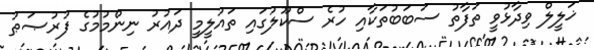
ޚަލީލް ވިދާޅުވީ ތަފާތު ސަބަބުތަކާއި ހުރެ ސްކޫލުގައި ތައުލީމީ ދައުރު ނިންމުމުގެ ފުރުޞަޠު